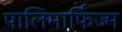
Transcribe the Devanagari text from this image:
पालिमार्फिज्म